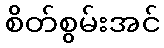
စိတ်စွမ်းအင်